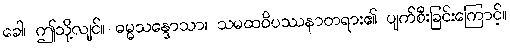
ခေါ၊ ဤသို့လျင်။ ဓမ္မသန္ဒောသာ၊ သမထဝိပဿနာတရား၏ ပျက်စီးခြင်းကြောင့်။